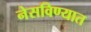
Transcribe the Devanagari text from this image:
नेसविण्यात